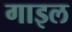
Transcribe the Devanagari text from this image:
गाइल